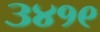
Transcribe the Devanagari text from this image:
३४१९